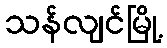
သန်လျင်မြို့